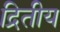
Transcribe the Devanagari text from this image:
द्रितीय